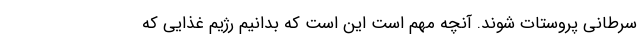
سرطانی پروستات شوند. آنچه مهم است این است که بدانیم رژیم غذایی که